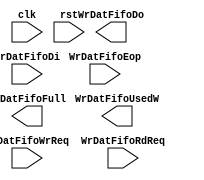
// tlp_txdat_fifo.v --- 
// 
// Description: 
// Maintainer: 
// Version: 
// Last-Updated: 
//           By: 
//     Update #: 0
// URL: 
// Keywords: 
// Compatibility: 
// 
// 

// Commentary: 
// 
// 
// 
// 

// Change log:
// 
// 
// 

// -------------------------------------
// Naming Conventions:
// 	active low signals                 : "*_n"
// 	clock signals                      : "clk", "clk_div#", "clk_#x"
// 	reset signals                      : "rst", "rst_n"
// 	generics                           : "C_*"
// 	user defined types                 : "*_TYPE"
// 	state machine next state           : "*_ns"
// 	state machine current state        : "*_cs"
// 	combinatorial signals              : "*_com"
// 	pipelined or register delay signals: "*_d#"
// 	counter signals                    : "*cnt*"
// 	clock enable signals               : "*_ce"
// 	internal version of output port    : "*_i"
// 	device pins                        : "*_pin"
// 	ports                              : - Names begin with Uppercase
// Code:

module tlp_txdat_fifo (/*AUTOARG*/
   // Outputs
   WrDatFifoUsedW, WrDatFifoFull, WrDatFifoDo,
   // Inputs
   clk, rst, WrDatFifoWrReq, WrDatFifoEop, WrDatFifoDi,
   WrDatFifoRdReq
   );
   input clk;
   input rst;

   output [5:0] WrDatFifoUsedW;
   output 	WrDatFifoFull;
   
   input 	WrDatFifoWrReq;
   input 	WrDatFifoEop;
   input [127:0] WrDatFifoDi;
   
   input 	 WrDatFifoRdReq;
   output [128:0] WrDatFifoDo;
   
endmodule
// 
// tlp_txdat_fifo.v ends here